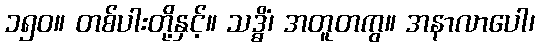
၁၅၀။ တစ်ပါးတို့နှင့်။ သဒ္ဓိံ၊ အတူတကွ။ အနာလာပေါ၊